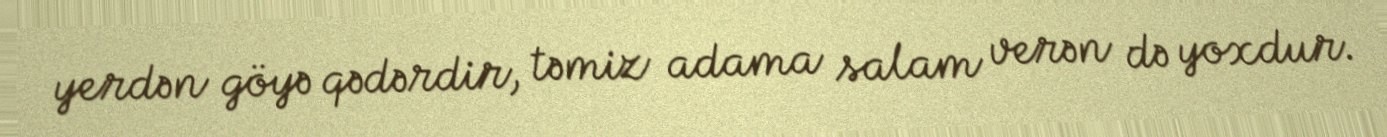
yerdən göyə qədərdir, təmiz adama salam verən də yoxdur.